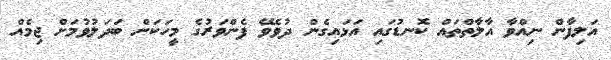
އަލިފާން ނިއްވާ އާލާތްތައް ކޮނޑުގައި އަޅައިގެން ދުވެވޭ ފެންވަރުގެ މީހަކަށް ބަދަލުވުމަށް ޖިމެއް